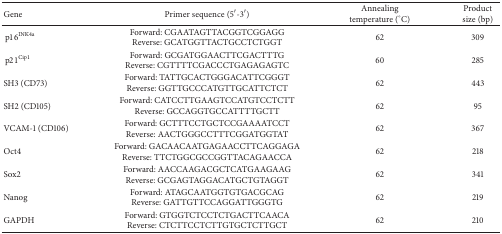
<table><thead><tr><td><b>Gene</b></td><td><b>Primer sequence (5′-3′)</b></td><td><b>Annealing temperature (°C)</b></td><td><b>Product size (bp)</b></td></tr></thead><tbody><tr><td>p16<sup>INK4a</sup></td><td>Forward: CGAATAGTTACGGTCGGAGGReverse: GCATGGTTACTGCCTCTGGT</td><td>62</td><td>309</td></tr><tr><td>p21<sup>Cip1</sup></td><td>Forward: GCGATGGAACTTCGACTTTGReverse: CGTTTTCGACCCTGAGAGAGTC</td><td>60</td><td>285</td></tr><tr><td>SH3 (CD73)</td><td>Forward: TATTGCACTGGGACATTCGGGTReverse: GGTTGCCCATGTTGCATTCTCT</td><td>62</td><td>443</td></tr><tr><td>SH2 (CD105)</td><td>Forward: CATCCTTGAAGTCCATGTCCTCTTReverse: GCCAGGTGCCATTTTGCTT</td><td>62</td><td>95</td></tr><tr><td>VCAM-1 (CD106)</td><td>Forward: GCTTTCCTGCTCCGAAAATCCTReverse: AACTGGGCCTTTCGGATGGTAT</td><td>62</td><td>367</td></tr><tr><td>Oct4</td><td>Forward: GACAACAATGAGAACCTTCAGGAGAReverse: TTCTGGCGCCGGTTACAGAACCA</td><td>62</td><td>218</td></tr><tr><td>Sox2</td><td>Forward: AACCAAGACGCTCATGAAGAAGReverse: GCGAGTAGGACATGCTGTAGGT</td><td>62</td><td>341</td></tr><tr><td>Nanog</td><td>Forward: ATAGCAATGGTGTGACGCAGReverse: GATTGTTCCAGGATTGGGTG</td><td>62</td><td>219</td></tr><tr><td>GAPDH</td><td>Forward: GTGGTCTCCTCTGACTTCAACAReverse: CTCTTCCTCTTGTGCTCTTGCT</td><td>62</td><td>210</td></tr></tbody></table>